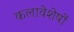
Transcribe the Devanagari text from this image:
कलावेशेषों